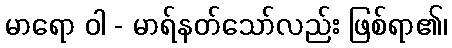
မာရော ဝါ - မာရ်နတ်သော်လည်း ဖြစ်ရာ၏၊